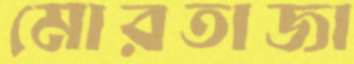
মোরতাজা